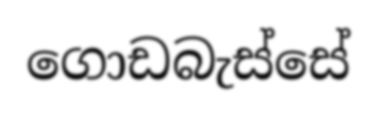
ගොඩබැස්සේ